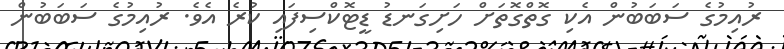
ރުއިމުގެ ސަބަބުން އެކި ގޮތްގޮތަށް ހަށިގަނޑު ޑީޓޮކްސިފައި ކުރެ އެވެ. ރުއިމުގެ ސަބަބުން